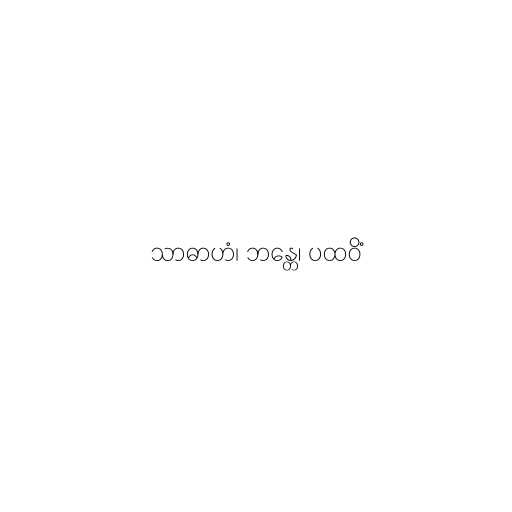
သာဓာဟံ၊ ဘန္တေ၊ ပထဝိံ